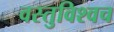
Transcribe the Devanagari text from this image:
वस्तुविश्वच